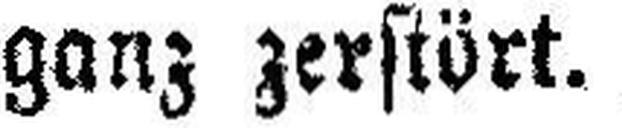
ganz zerstört.